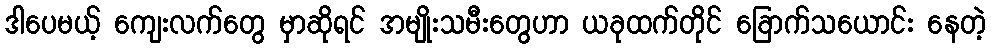
ဒါပေမယ့် ကျေးလက်တွေ မှာဆိုရင် အမျိုးသမီးတွေဟာ ယခုထက်တိုင် ခြောက်သယောင်း နေတဲ့